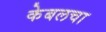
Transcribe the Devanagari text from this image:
केबलचा